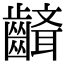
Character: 𪙘